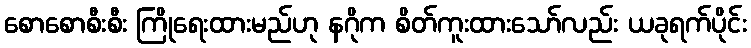
စောစောစီးစီး ကြိုရေးထားမည်ဟု နဂိုက စိတ်ကူးထားသော်လည်း ယခုရက်ပိုင်း